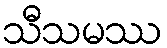
သီသမဿ